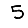
Digit: 5